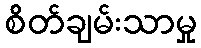
စိတ်ချမ်းသာမှု